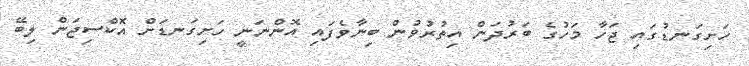
ހަށިގަނޑުގައި ޖަހާ މަހުގެ ބަރުދަން އިތުރުވުން ބިނާވެފައި އޮންނަނީ ހަށިގަނޑަށް އޮކްސިޖަން ލިބޭ